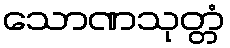
သောဏသုတ္တံ